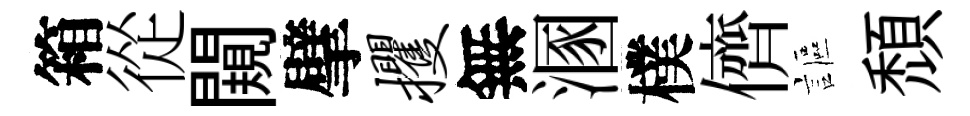
箱從闚擘攫無溷樸儕謳頹